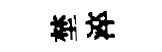
埜淬